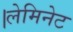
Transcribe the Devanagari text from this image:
।लेमिनेट